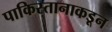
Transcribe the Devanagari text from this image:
पाकिस्तानाकडून